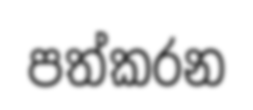
පත්කරන